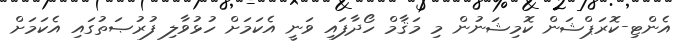
އެންޓި-ކޮރަޕްޝަން ކޮމިޝަނުން މި މަޤާމް ހޯދާފައި ވަނީ އެކަމަށް ހުޅުވާލި ފުރުޞަތުގައި އެކަމަށް